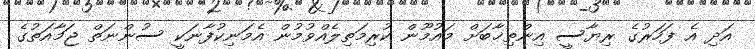
އަދި އެ ފަހަރުގެ ރިޔާސީ އިންތިޚާބަށް މައުމޫން ކުރިމަތިލެއްވުމުން އެމަނިކުފާނަކީ ސުންނަތް ޖަމާއަތުގެ